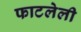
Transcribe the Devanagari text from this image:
फाटलेली